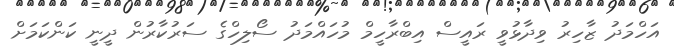
އަހްމަދު ޒާހިރު ވިދާޅުވީ ރައީސް އިބްރާހީމް މުހައްމަދު ސޯލިހްގެ ސަރުކާރުން ދީނީ ކަންކަމަށް